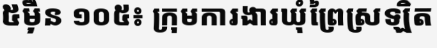
៥ម៉ឺន ១០៥៖ ក្រុមការងារឃុំព្រៃស្រឡិត